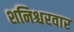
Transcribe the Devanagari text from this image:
शनिश्चरवार